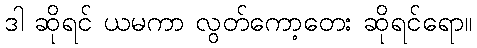
ဒါ ဆိုရင် ယမကာ လွတ်ကော့တေး ဆိုရင်ရော။